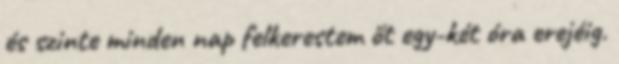
és szinte minden nap felkerestem őt egy-két óra erejéig.